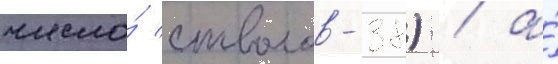
число́ стволов-38) / а́